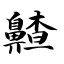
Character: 齄